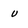
Character: u